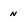
Character: n